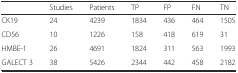
<table><thead><tr><td></td><td><b>Studies</b></td><td><b>Patients</b></td><td><b>TP</b></td><td><b>FP</b></td><td><b>FN</b></td><td><b>TN</b></td></tr></thead><tbody><tr><td>CK19</td><td>24</td><td>4239</td><td>1834</td><td>436</td><td>464</td><td>1505</td></tr><tr><td>CD56</td><td>10</td><td>1226</td><td>158</td><td>418</td><td>619</td><td>31</td></tr><tr><td>HMBE-1</td><td>26</td><td>4691</td><td>1824</td><td>311</td><td>563</td><td>1993</td></tr><tr><td>GALECT 3</td><td>38</td><td>5426</td><td>2344</td><td>442</td><td>458</td><td>2182</td></tr></tbody></table>